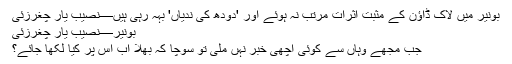
بونیر میں لاک ڈاؤن کے مثبت اثرات مرتب نہ ہوئے اور 'دودھ کی ندیاں' بہہ رہی ہیں—نصیب یار چغرزئی
بونیر—نصیب یار چغرزئی
جب مجھے وہاں سے کوئی اچھی خبر نہٰں ملی تو سوچا کہ بھلا اب اس پر کیا لکھا جائے؟